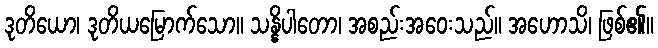
ဒုတိယော၊ ဒုတိယမြောက်သော။ သန္နိပါတော၊ အစည်းအဝေးသည်။ အဟောသိ၊ ဖြစ်၏။